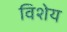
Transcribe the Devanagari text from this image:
विशेय